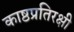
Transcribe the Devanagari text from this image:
काष्ठप्रतिरक्षी